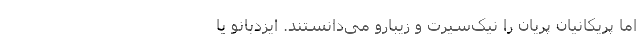
اما پریکانیان پریان را نیک‌سیرت و زیبارو می‌دانستند. ایزدبانو یا